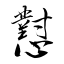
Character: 懟